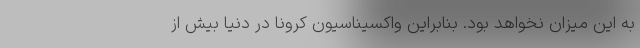
به این میزان نخواهد بود. بنابراین واکسیناسیون کرونا در دنیا بیش از